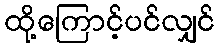
ထို့ကြောင့်ပင်လျှင်